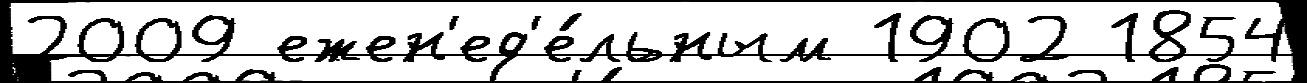
2009 ежен'ед'е́льным 1902 1854